Indian journal of veterinary science and animal husbandry - Volume 8,
Year: 1938
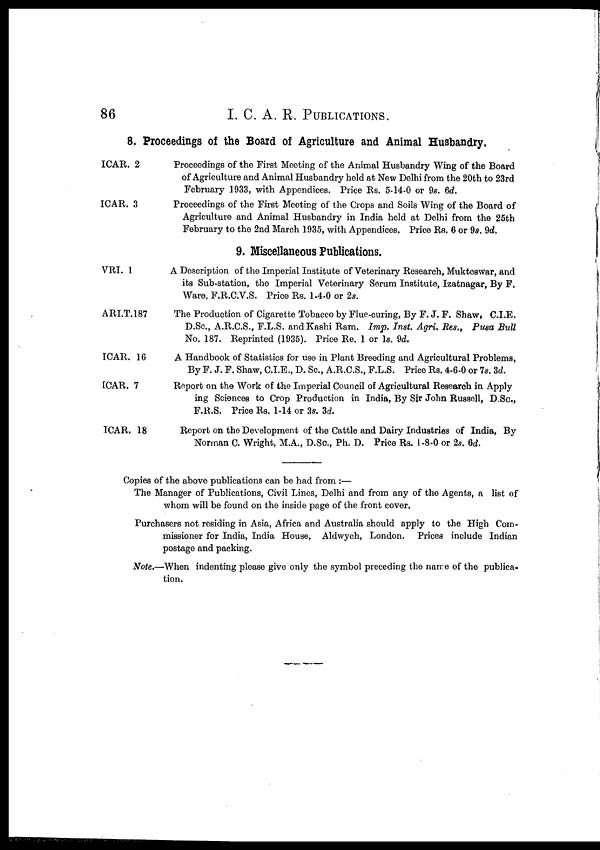
86
I. C. A. E. PUBLICATIONS.
8. Proceedings of the Board of Agriculture and Animal Husbandry.
ICAR. 2
ICAR. 3
Proceedings of the First Meeting of the Animal Husbandry Wing of the Board
of Agriculture and Animal Husbandry held at New Delhi from the 20th to 23rd
February 1933, with Appendices. Price Rs. 5-14-0 or 9s. 6d.
Proceedings of the First Meeting of the Crops and Soils Wing of the Board of
Agriculture and Animal Husbandry in India held at Delhi from the 26th
February to the 2nd March 1935, with Appendices. Price Rs. 6 or 9s. 9d.
9. Miscellaneous Publications.
VRI. 1
ARI.T.187
ICAR. 16
ICAR. 7
ICAR. 18
A Description of the Imperial Institute of Veterinary Research, Mukteswar, and
its Sub-station, the Imperial Veterinary Serum Institute, Izatnagar, By F.
Ware, F.R.C.V.S. Price Rs. 1-4-0 or 2s.
The Production of Cigarette Tobacco by Flue-curing, By F. J. F. Shaw, C.I.E.
D.Sc., A.R.C.S., F.L.S. and Kashi Ram. Imp. Inst. Agri. Res., Pusa Bull
No. 187. Reprinted (1935). Price Re. 1 or 1s. 9d.
A Handbook of Statistics for use in Plant Breeding and Agricultural Problems,
By F. J. F. Shaw, C.I.E., D. Sc., A.R.C.S., F.L.S. Price Rs. 4-6-0 or 7s. 3d.
Report on the Work of the Imperial Council of Agricultural Research in Apply
ing Sciences to Crop Production in India, By Sir John Russell, D.Sc.,
F.R.S. Price Rs. 1-14 or 3s. 3d.
Report on the Development of the Cattle and Dairy Industries of India, By
Norman C. Wright, M.A., D.Sc., Ph. D. Price Rs. 1 -8-0 or 2s. 6d.
Copies of the above publications can be had from :—
The Manager of Publications, Civil Lines, Delhi and from any of the Agents, a list of
whom will be found on the inside page of the front cover.
Purchasers not residing in Asia, Africa and Australia should apply to the High Com-
missioner for India, India House, Aldwych, London. Prices include Indian
postage and packing.
Note.—When indenting please give only the symbol preceding the name of the publica-
tion.